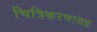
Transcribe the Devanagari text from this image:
चित्रिकरणासह